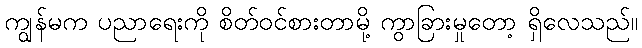
ကျွန်မက ပညာရေးကို စိတ်ဝင်စားတာမို့ ကွာခြားမှုတော့ ရှိလေသည်။